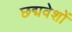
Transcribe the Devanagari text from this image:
छद्मवेशों